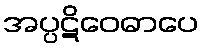
အပ္ပဋိဝေဓာပေ